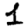
Digit: 1